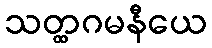
သတ္ထဂမနီယေ